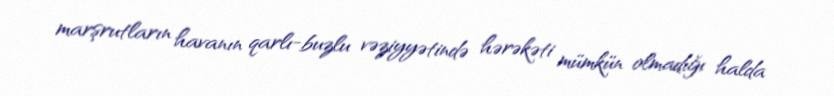
marşrutların havanın qarlı-buzlu vəziyyətində hərəkəti mümkün olmadığı halda